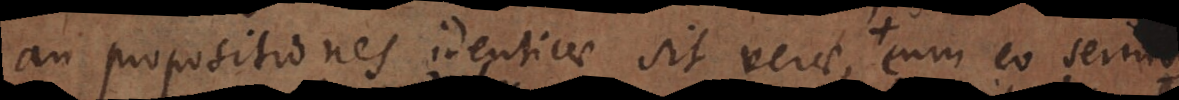
an propositiones identicae sit verae, + cum eo serm